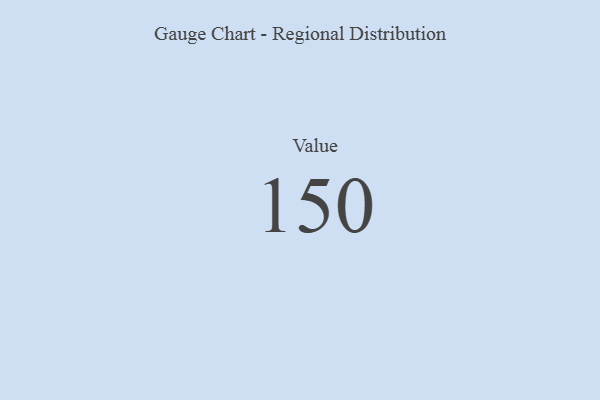
{"axis": {"x": "Metric", "y": "Value"}, "legend": [""], "data": [{"x": "Value", "y": 150, "type": ""}]}